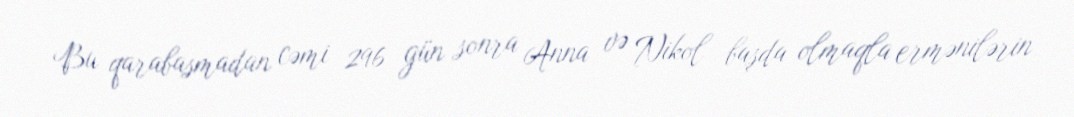
Bu qarabasmadan cəmi 296 gün sonra Anna və Nikol başda olmaqla ermənilərin